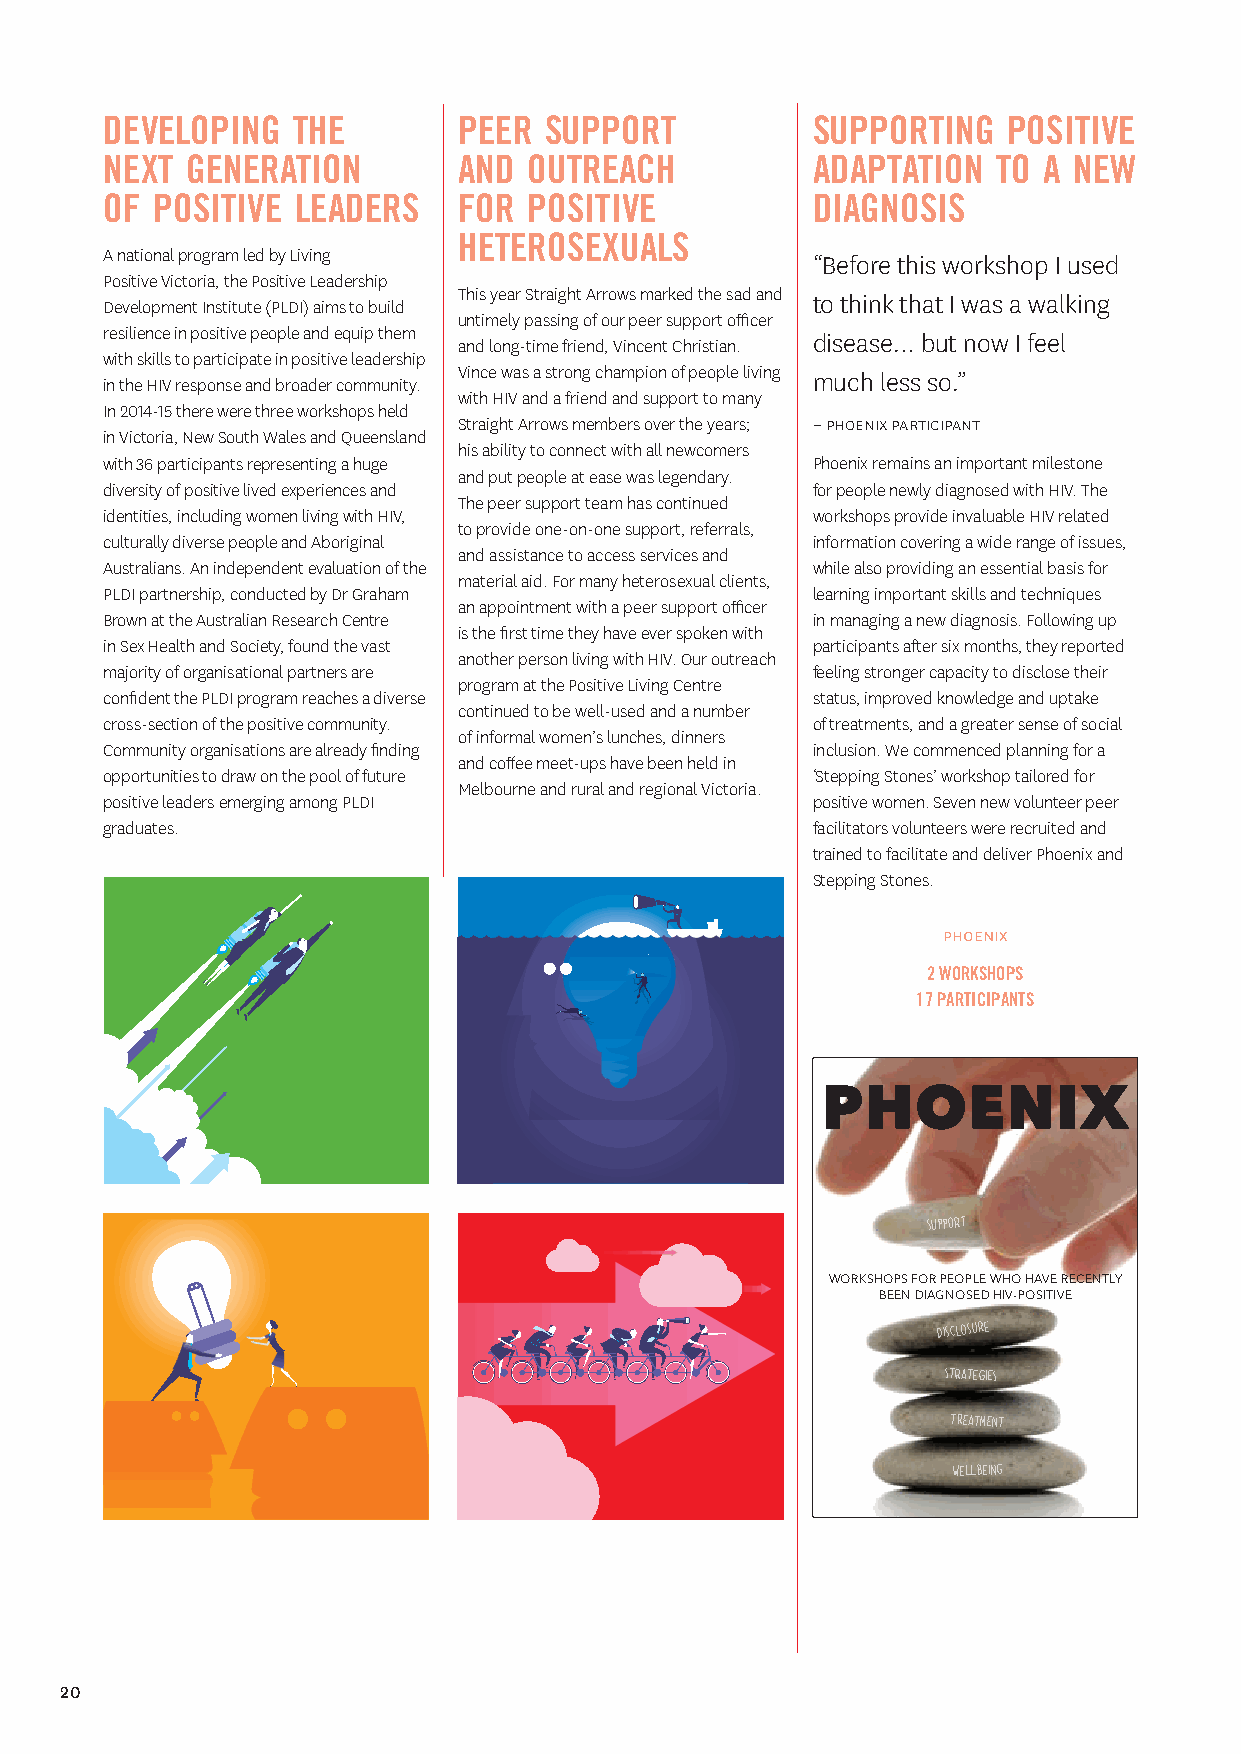
developing  the        peer  support           supporting   positive
 next generation        and  outreach           adaptation  to a new
 of positive leaders    for  positive           diagnosis
 heterosexuals
 A national program led by Living               “Before this workshop I used
 Positive Victoria, the Positive Leadership
 This year Straight Arrows marked the sad and to think that I was a walking
 Development Institute (PLDI) aims to build
 untimely passing of our peer support officer
 resilience in positive people and equip them   disease… but now I feel
 and long-time friend, Vincent Christian.
 with skills to participate in positive leadership
 Vince was a strong champion of people living much less so.”
 in the HIV response and broader community.
 with HIV and a friend and support to many
 In 2014-15 there were three workshops held
 Straight Arrows members over the years; – phoenix participant
 in Victoria, New South Wales and Queensland
 his ability to connect with all newcomers
 with 36 participants representing a huge       Phoenix remains an important milestone
 and put people at ease was legendary.
 diversity of positive lived experiences and    for people newly diagnosed with HIV. The
 The peer support team has continued
 identities, including women living with HIV,   workshops provide invaluable HIV related
 to provide one-on-one support, referrals,
 culturally diverse people and Aboriginal       information covering a wide range of issues,
 and assistance to access services and
 Australians. An independent evaluation of the  while also providing an essential basis for
 material aid. For many heterosexual clients,
 PLDI partnership, conducted by Dr Graham       learning important skills and techniques
 an appointment with a peer support officer
 Brown at the Australian Research Centre        in managing a new diagnosis. Following up
 is the first time they have ever spoken with
 in Sex Health and Society, found the vast      participants after six months, they reported
 another person living with HIV. Our outreach
 majority of organisational partners are        feeling stronger capacity to disclose their
 program at the Positive Living Centre
 confident the PLDI program reaches a diverse   status, improved knowledge and uptake
 continued to be well-used and a number
 cross-section of the positive community.       of treatments, and a greater sense of social
 of informal women’s lunches, dinners
 Community organisations are already finding    inclusion. We commenced planning for a
 and coffee meet-ups have been held in
 opportunities to draw on the pool of future    ‘Stepping Stones’ workshop tailored for
 Melbourne and rural and regional Victoria.
 positive leaders emerging among PLDI           positive women. Seven new volunteer peer
 graduates.                                     facilitators volunteers were recruited and
 trained to facilitate and deliver Phoenix and
 Stepping Stones.
 phoenix
 2 WORKSHOPS
 17 PARTICIPANTS
 PHOENIX
 support
 WORKSHOPS FOR PEOPLE WHO HAVE RECENTLY
 BEEN DIAGNOSED HIV-POSITIVE
 disclosure
 strategies
 treatment
 wellbeing
 20